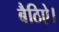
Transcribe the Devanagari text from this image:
बैठिऐ।